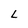
Character: L